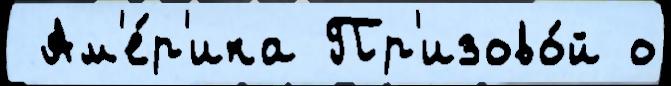
 Ам'е́р'ика Пр'изово́й о